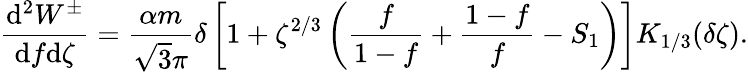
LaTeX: \frac{\mathrm{d}^{2}W^{\pm}}{\mathrm{d}f\mathrm{d}\zeta}=\frac{\alpha m}{\sqrt{3}\pi}\delta\left[1+\zeta^{2/3}\left(\frac{f}{1-f}+\frac{1-f}{f}-S_{1}\right)\right]K_{1/3}(\delta\zeta).